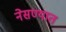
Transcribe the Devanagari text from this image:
नेसण्यात